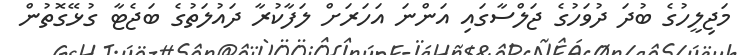
މަޖިލީހުގެ ބުދަ ދުވަހުގެ ޖަލްސާގައި އަންނަ އަހަރަށް ލަފާކުރާ ދައުލަތުގެ ބަޖެޓާ ގުޅޭގޮތުން